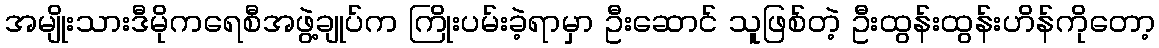
အမျိုးသားဒီမိုကရေစီအဖွဲ့ချုပ်က ကြိုးပမ်းခဲ့ရာမှာ ဦးဆောင် သူဖြစ်တဲ့ ဦးထွန်းထွန်းဟိန်ကိုတော့